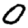
Digit: 0